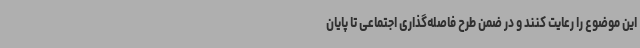
این موضوع را رعایت کنند و در ضمن طرح فاصله‌گذاری اجتماعی تا پایان